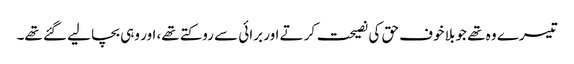
تیسرے وہ تھے جو بلا خوف حق کی نصیحت کرتے اور برائی سے روکتے تھے، اور وہی بچا لیے گئے تھے۔